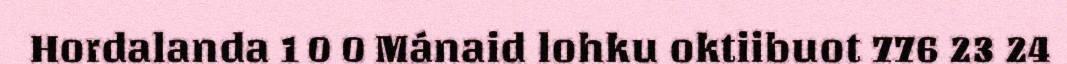
Hordalanda 1 0 0 Mánaid lohku oktiibuot 776 23 24